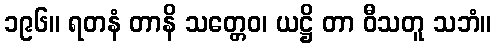
၁၉၆။ ရတနံ တာနိ သတ္တေဝ၊ ယဋ္ဌိ တာ ဝီသတူ သဘံ။